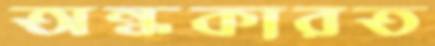
অন্ধকারত